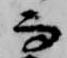
而